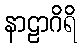
နာဠာဂိရိ